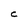
Character: C